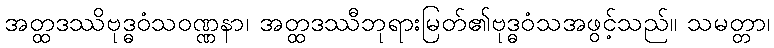
အတ္ထဒဿိဗုဒ္ဓဝံသဝဏ္ဏနာ၊ အတ္ထဒဿီဘုရားမြတ်၏ဗုဒ္ဓဝံသအဖွင့်သည်။ သမတ္တာ၊